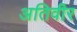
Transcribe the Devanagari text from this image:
अतिवीर